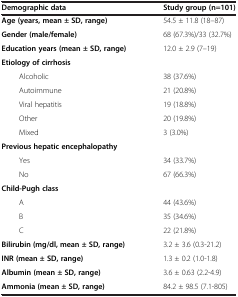
<table><thead><tr><td><b>Demographic data</b></td><td><b>Study group (n=101)</b></td></tr></thead><tbody><tr><td><b>Age (years, mean ± SD, range)</b></td><td>54.5 ± 11.8 (18–87)</td></tr><tr><td><b>Gender (male/female)</b></td><td>68 (67.3%)/33 (32.7%)</td></tr><tr><td><b>Education years (mean ± SD, range)</b></td><td>12.0 ± 2.9 (7–19)</td></tr><tr><td><b>Etiology of cirrhosis</b></td><td> </td></tr><tr><td>Alcoholic</td><td>38 (37.6%)</td></tr><tr><td>Autoimmune</td><td>21 (20.8%)</td></tr><tr><td>Viral hepatitis</td><td>19 (18.8%)</td></tr><tr><td>Other</td><td>20 (19.8%)</td></tr><tr><td>Mixed</td><td>3 (3.0%)</td></tr><tr><td><b>Previous hepatic encephalopathy</b></td><td> </td></tr><tr><td>Yes</td><td>34 (33.7%)</td></tr><tr><td>No</td><td>67 (66.3%)</td></tr><tr><td><b>Child-Pugh class</b></td><td> </td></tr><tr><td>A</td><td>44 (43.6%)</td></tr><tr><td>B</td><td>35 (34.6%)</td></tr><tr><td>C</td><td>22 (21.8%)</td></tr><tr><td><b>Bilirubin (mg/dl, mean ± SD, range)</b></td><td>3.2 ± 3.6 (0.3-21.2)</td></tr><tr><td><b>INR (mean ± SD, range)</b></td><td>1.3 ± 0.2 (1.0-1.8)</td></tr><tr><td><b>Albumin (mean ± SD, range)</b></td><td>3.6 ± 0.63 (2.2-4.9)</td></tr><tr><td><b>Ammonia (mean ± SD, range)</b></td><td>84.2 ± 98.5 (7.1-805)</td></tr></tbody></table>